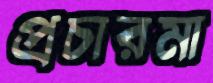
প্রচারমা